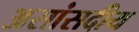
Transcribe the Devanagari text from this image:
असांसदीय